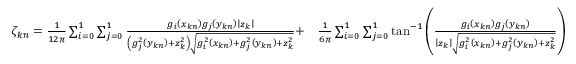
\begin{array} { r l } { \zeta _ { k n } = \frac { 1 } { 1 2 \pi } \sum _ { i = 0 } ^ { 1 } { \sum _ { j = 0 } ^ { 1 } { \frac { g _ { i } \left( x _ { k n } \right) g _ { j } \left( y _ { k n } \right) \left| z _ { k } \right| } { \left( g _ { j } ^ { 2 } \left( y _ { k n } \right) + z _ { k } ^ { 2 } \right) \sqrt { g _ { i } ^ { 2 } \left( x _ { k n } \right) + g _ { j } ^ { 2 } \left( y _ { k n } \right) + z _ { k } ^ { 2 } } } } } + } & { \frac { 1 } { 6 \pi } \sum _ { i = 0 } ^ { 1 } { \sum _ { j = 0 } ^ { 1 } { \tan ^ { - 1 } \left( \frac { g _ { i } \left( x _ { k n } \right) g _ { j } \left( y _ { k n } \right) } { \left| z _ { k } \right| \sqrt { g _ { i } ^ { 2 } \left( x _ { k n } \right) + g _ { j } ^ { 2 } \left( y _ { k n } \right) + z _ { k } ^ { 2 } } } \right) } } } \end{array}